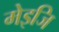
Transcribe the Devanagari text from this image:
मेइजि